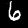
Label: 6